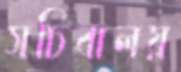
সচিবালয়